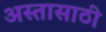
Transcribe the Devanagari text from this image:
अस्तासाठी